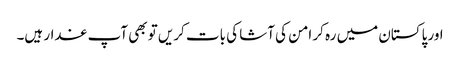
اور پاکستان میں رہ کر امن کی آشا کی بات کریں تو بھی آپ غدار ہیں۔